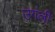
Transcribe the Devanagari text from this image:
उगंली